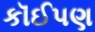
કૉઈપણ